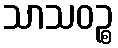
သာသဝဉ္စ